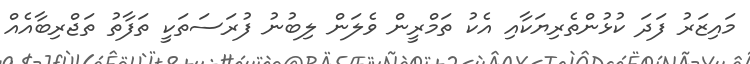
މައިޒަރު ފަދަ ކުޅުންތެރިޔަކާއި އެކު ތަމްރީން ވެލަން ލިބުނު ފުރަސަތަކީ ތަފާތު ތަޖްރިބާއެއް